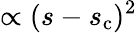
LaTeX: \propto(s-s_{\mathrm{c}})^{2}